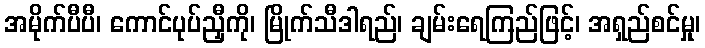
အမိုက်ပီပီ၊ ကောင်ပုပ်ညှီကို၊ မြိုက်သီဒါရည်၊ ချမ်းရေကြည်ဖြင့်၊ အရှည်စင်မှု၊